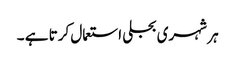
ہر شہری بجلی استعمال کرتا ہے ۔